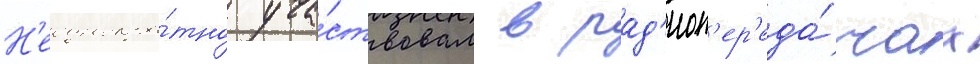
Н'еоднокра́тно уча́ствовал в рад'иоп'ер'еда́чах